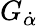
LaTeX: G_{\dot{\alpha}}